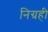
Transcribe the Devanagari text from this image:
निग्रही